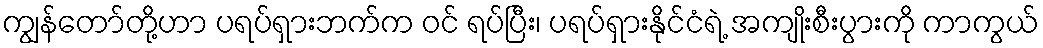
ကျွန်တော်တို့ဟာ ပရပ်ရှားဘက်က ဝင် ရပ်ပြီး၊ ပရပ်ရှားနိုင်ငံရဲ့ အကျိုးစီးပွားကို ကာကွယ်